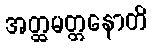
အတ္ထမတ္တနောတိ